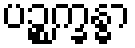
ပဉ္စက္ခန္ဓာ